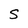
Character: S